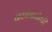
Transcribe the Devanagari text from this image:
कार्यकारीपदी